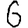
Digit: 6